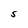
Character: S